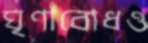
ঘৃণাবোধও